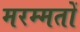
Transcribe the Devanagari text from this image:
मरम्मतों